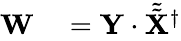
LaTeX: \begin{array}{rl}{\mathbf{W}}&{{}=\mathbf{Y}\cdot\tilde{\tilde{\mathbf{X}}}^{\dagger}}\end{array}